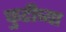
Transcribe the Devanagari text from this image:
फुटीच्या